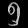
Digit: ၅